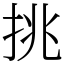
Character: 挑